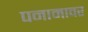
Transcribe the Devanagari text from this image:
पनामावर